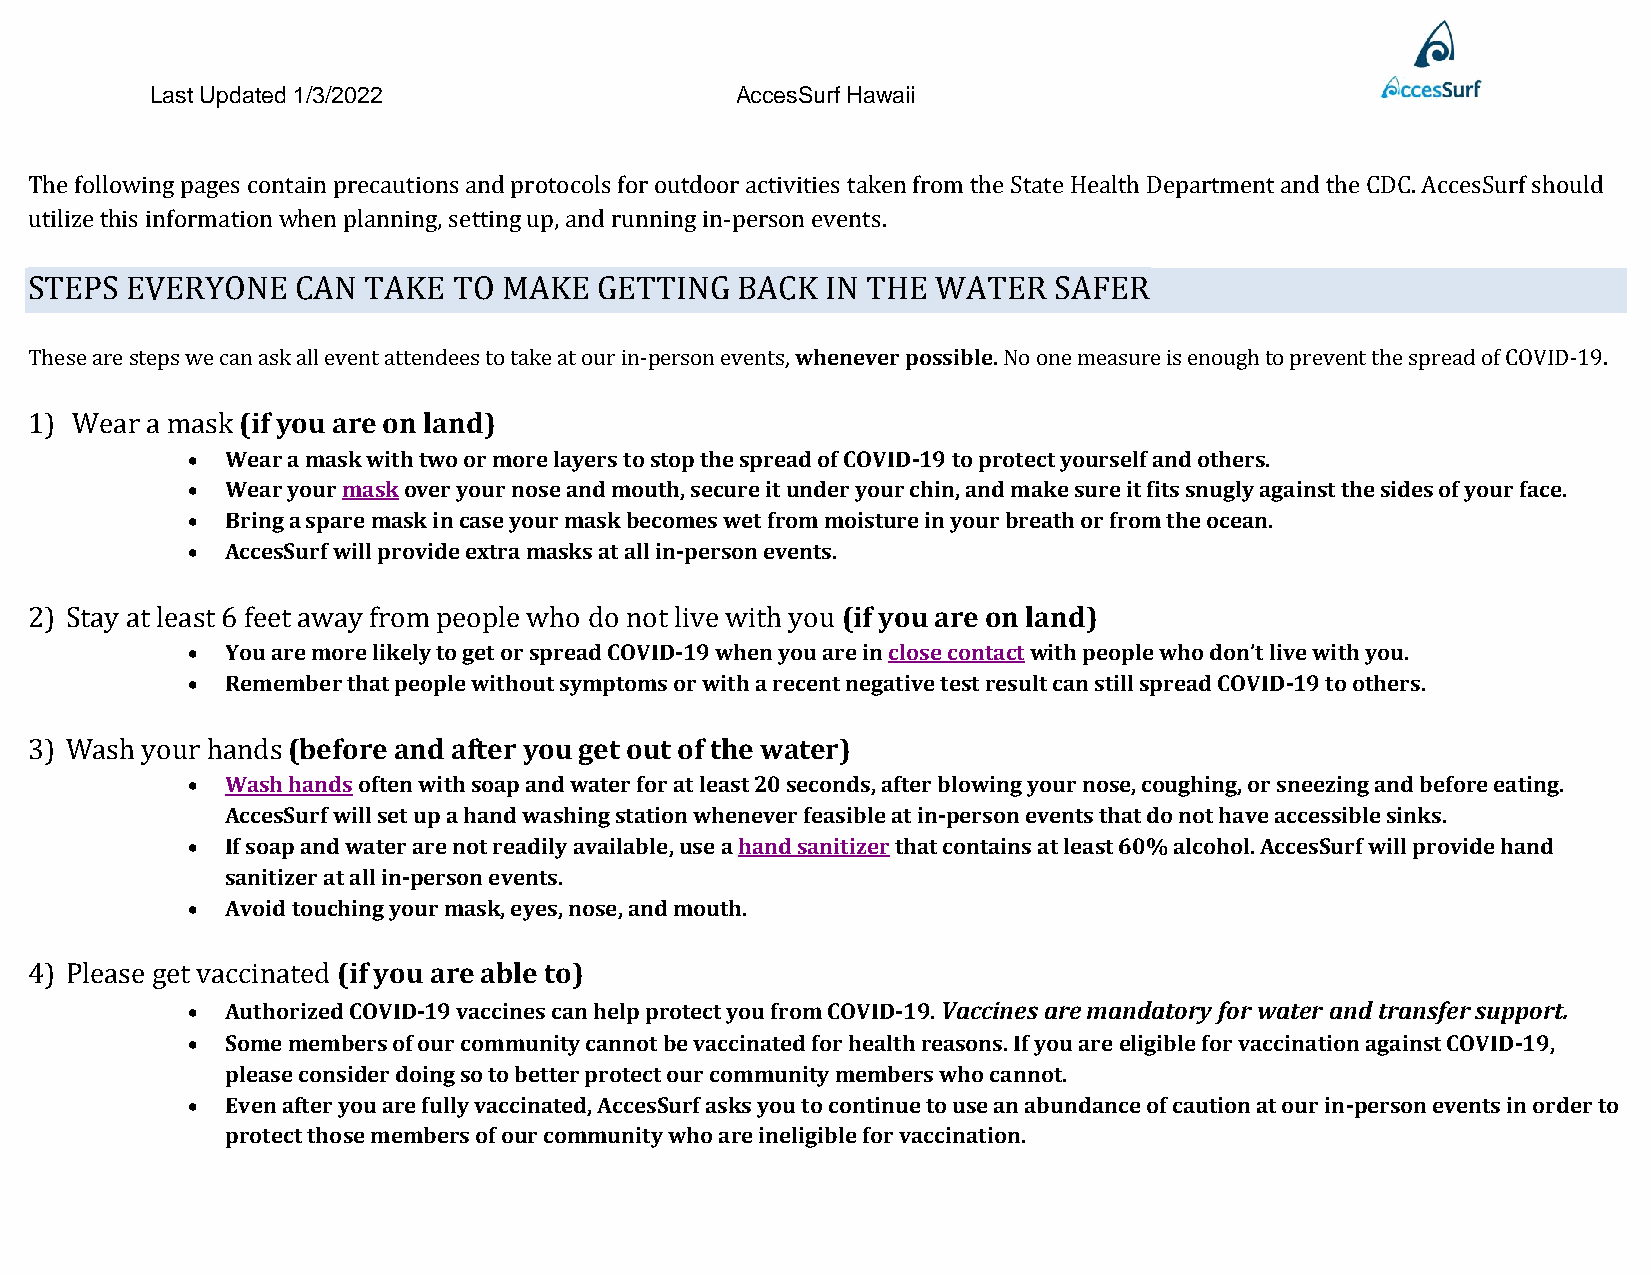
Last Updated 1/3/2022                  AccesSurf Hawaii
 The following pages contain precautions and protocols for outdoor activities taken from the State Health Department and the CDC. AccesSurf should
 utilize this information when planning, setting up, and running in-person events.
 STEPS EVERYONE    CAN TAKE  TO MAKE   GETTING  BACK  IN THE WATER   SAFER
 These are steps we can ask all event attendees to take at our in-person events, whenever possible. No one measure is enough to prevent the spread of COVID-19.
 1) Wear a mask (if you are on land)
 •  Wear a mask with two or more layers to stop the spread of COVID-19 to protect yourself and others.
 •  Wear your mask over your nose and mouth, secure it under your chin, and make sure it fits snugly against the sides of your face.
 •  Bring a spare mask in case your mask becomes wet from moisture in your breath or from the ocean.
 •  AccesSurf will provide extra masks at all in-person events.
 2) Stay at least 6 feet away from people who do not live with you (if you are on land)
 •  You are more likely to get or spread COVID-19 when you are in close contact with people who don’t live with you.
 •  Remember that people without symptoms or with a recent negative test result can still spread COVID-19 to others.
 3) Wash your hands (before and after you get out of the water)
 •  Wash hands often with soap and water for at least 20 seconds, after blowing your nose, coughing, or sneezing and before eating.
 AccesSurf will set up a hand washing station whenever feasible at in-person events that do not have accessible sinks.
 •  If soap and water are not readily available, use a hand sanitizer that contains at least 60% alcohol. AccesSurf will provide hand
 sanitizer at all in-person events.
 •  Avoid touching your mask, eyes, nose, and mouth.
 4) Please get vaccinated (if you are able to)
 •  Authorized COVID-19 vaccines can help protect you from COVID-19. Vaccines are mandatory for water and transfer support.
 •  Some members of our community cannot be vaccinated for health reasons. If you are eligible for vaccination against COVID-19,
 please consider doing so to better protect our community members who cannot.
 •  Even after you are fully vaccinated, AccesSurf asks you to continue to use an abundance of caution at our in-person events in order to
 protect those members of our community who are ineligible for vaccination.